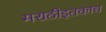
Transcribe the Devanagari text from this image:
मराठीइतकाच